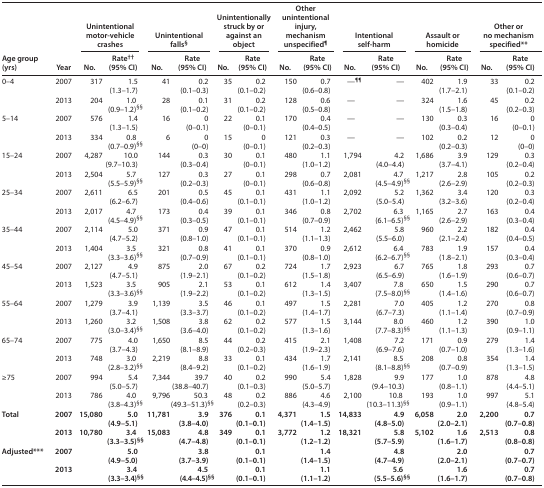
<table><thead><tr><td rowspan="2"><b>Age group (yrs)</b></td><td rowspan="2"><b>Year</b></td><td colspan="2"><b>Unintentional motor-vehicle crashes</b></td><td colspan="2"><b>Unintentional falls<sup>§</sup></b></td><td colspan="2"><b>Unintentionally struck by or against an object</b></td><td colspan="2"><b>Other unintentional injury, mechanism unspecified<sup>¶</sup></b></td><td colspan="2"><b>Intentional self-harm</b></td><td colspan="2"><b>Assault or homicide</b></td><td colspan="2"><b>Other or no mechanism specified**</b></td></tr><tr><td><b>No.</b></td><td><b>Rate<sup>††</sup> (95% CI)</b></td><td><b>No.</b></td><td><b>Rate (95% CI)</b></td><td><b>No.</b></td><td><b>Rate (95% CI)</b></td><td><b>No.</b></td><td><b>Rate (95% CI)</b></td><td><b>No.</b></td><td><b>Rate (95% CI)</b></td><td><b>No.</b></td><td><b>Rate (95% CI)</b></td><td><b>No.</b></td><td><b>Rate (95% CI)</b></td></tr></thead><tbody><tr><td rowspan="2">0–4</td><td>2007</td><td>317</td><td>1.5 (1.3–1.7)</td><td>41</td><td>0.2 (0.1–0.3)</td><td>35</td><td>0.2 (0.1–0.2)</td><td>150</td><td>0.7 (0.6–0.8)</td><td>—<sup>¶¶</sup></td><td>—</td><td>402</td><td>1.9 (1.7–2.1)</td><td>33</td><td>0.2 (0.1–0.2)</td></tr><tr><td>2013</td><td>204</td><td>1.0 (0.9–1.2)<sup>§§</sup></td><td>28</td><td>0.1 (0.1–0.2)</td><td>31</td><td>0.2 (0.1–0.2)</td><td>128</td><td>0.6 (0.5–0.8)</td><td>—</td><td>—</td><td>324</td><td>1.6 (1.5–1.8)</td><td>45</td><td>0.2 (0.2–0.3)</td></tr><tr><td rowspan="2">5–14</td><td>2007</td><td>576</td><td>1.4 (1.3–1.5)</td><td>16</td><td>0 (0–0.1)</td><td>22</td><td>0.1 (0–0.1)</td><td>170</td><td>0.4 (0.4–0.5)</td><td>—</td><td>—</td><td>130</td><td>0.3 (0.3–0.4)</td><td>16</td><td>0 (0–0.1)</td></tr><tr><td>2013</td><td>334</td><td>0.8 (0.7–0.9)<sup>§§</sup></td><td>6</td><td>0 (0–0)</td><td>15</td><td>0 (0–0.1)</td><td>121</td><td>0.3 (0.2–0.3)</td><td>—</td><td>—</td><td>102</td><td>0.2 (0.2–0.3)</td><td>12</td><td>0 (0–0)</td></tr><tr><td rowspan="2">15–24</td><td>2007</td><td>4,287</td><td>10.0 (9.7–10.3)</td><td>144</td><td>0.3 (0.3–0.4)</td><td>30</td><td>0.1 (0–0.1)</td><td>480</td><td>1.1 (1.0–1.2)</td><td>1,794</td><td>4.2 (4.0–4.4)</td><td>1,686</td><td>3.9 (3.7–4.1)</td><td>129</td><td>0.3 (0.2–0.4)</td></tr><tr><td>2013</td><td>2,504</td><td>5.7 (5.5–5.9)<sup>§§</sup></td><td>127</td><td>0.3 (0.2–0.3)</td><td>27</td><td>0.1 (0–0.1)</td><td>298</td><td>0.7 (0.6–0.8)</td><td>2,081</td><td>4.7 (4.5–4.9)<sup>§§</sup></td><td>1,217</td><td>2.8 (2.6–2.9)</td><td>105</td><td>0.2 (0.2–0.3)</td></tr><tr><td rowspan="2">25–34</td><td>2007</td><td>2,611</td><td>6.5 (6.2–6.7)</td><td>201</td><td>0.5 (0.4–0.6)</td><td>45</td><td>0.1 (0.1–0.1)</td><td>431</td><td>1.1 (1.0–1.2)</td><td>2,092</td><td>5.2 (5.0–5.4)</td><td>1,362</td><td>3.4 (3.2–3.6)</td><td>120</td><td>0.3 (0.2–0.4)</td></tr><tr><td>2013</td><td>2,017</td><td>4.7 (4.5–4.9)<sup>§§</sup></td><td>173</td><td>0.4 (0.3–0.5)</td><td>39</td><td>0.1 (0.1–0.1)</td><td>346</td><td>0.8 (0.7–0.9)</td><td>2,702</td><td>6.3 (6.1–6.5)<sup>§§</sup></td><td>1,165</td><td>2.7 (2.6–2.9)</td><td>163</td><td>0.4 (0.3–0.4)</td></tr><tr><td rowspan="2">35–44</td><td>2007</td><td>2,114</td><td>5.0 (4.7–5.2)</td><td>371</td><td>0.9 (0.8–1.0)</td><td>47</td><td>0.1 (0.1–0.1)</td><td>514</td><td>1.2 (1.1–1.3)</td><td>2,462</td><td>5.8 (5.5–6.0)</td><td>960</td><td>2.2 (2.1–2.4)</td><td>182</td><td>0.4 (0.4–0.5)</td></tr><tr><td>2013</td><td>1,404</td><td>3.5 (3.3–3.6)<sup>§§</sup></td><td>321</td><td>0.8 (0.7–0.9)</td><td>41</td><td>0.1 (0.1–0.1)</td><td>370</td><td>0.9 (0.8–1.0)</td><td>2,612</td><td>6.4 (6.2–6.7)<sup>§§</sup></td><td>783</td><td>1.9 (1.8–2.1)</td><td>157</td><td>0.4 (0.3–0.4)</td></tr><tr><td rowspan="2">45–54</td><td>2007</td><td>2,127</td><td>4.9 (4.7–5.1)</td><td>875</td><td>2.0 (1.9–2.1)</td><td>67</td><td>0.2 (0.1–0.2)</td><td>724</td><td>1.7 (1.5–1.8)</td><td>2,923</td><td>6.7 (6.5–6.9)</td><td>765</td><td>1.8 (1.6–1.9)</td><td>293</td><td>0.7 (0.6–0.7)</td></tr><tr><td>2013</td><td>1,523</td><td>3.5 (3.3–3.6)<sup>§§</sup></td><td>905</td><td>2.1 (1.9–2.2)</td><td>53</td><td>0.1 (0.1–0.2)</td><td>612</td><td>1.4 (1.3–1.5)</td><td>3,407</td><td>7.8 (7.5–8.0)<sup>§§</sup></td><td>650</td><td>1.5 (1.4–1.6)</td><td>290</td><td>0.7 (0.6–0.7)</td></tr><tr><td rowspan="2">55–64</td><td>2007</td><td>1,279</td><td>3.9 (3.7–4.1)</td><td>1,139</td><td>3.5 (3.3–3.7)</td><td>46</td><td>0.1 (0.1–0.2)</td><td>497</td><td>1.5 (1.4–1.7)</td><td>2,281</td><td>7.0 (6.7–7.3)</td><td>405</td><td>1.2 (1.1–1.4)</td><td>270</td><td>0.8 (0.7–0.9)</td></tr><tr><td>2013</td><td>1,260</td><td>3.2 (3.0–3.4)<sup>§§</sup></td><td>1,508</td><td>3.8 (3.6–4.0)</td><td>62</td><td>0.2 (0.1–0.2)</td><td>577</td><td>1.5 (1.3–1.6)</td><td>3,144</td><td>8.0 (7.7–8.3)<sup>§§</sup></td><td>460</td><td>1.2 (1.1–1.3)</td><td>390</td><td>1.0 (0.9–1.1)</td></tr><tr><td rowspan="2">65–74</td><td>2007</td><td>775</td><td>4.0 (3.7–4.3)</td><td>1,650</td><td>8.5 (8.1–8.9)</td><td>44</td><td>0.2 (0.2–0.3)</td><td>415</td><td>2.1 (1.9–2.3)</td><td>1,408</td><td>7.2 (6.9–7.6)</td><td>171</td><td>0.9 (0.7–1.0)</td><td>279</td><td>1.4 (1.3–1.6)</td></tr><tr><td>2013</td><td>748</td><td>3.0 (2.8–3.2)<sup>§§</sup></td><td>2,219</td><td>8.8 (8.4–9.2)</td><td>33</td><td>0.1 (0.1–0.2)</td><td>434</td><td>1.7 (1.6–1.9)</td><td>2,141</td><td>8.5 (8.1–8.8)<sup>§§</sup></td><td>208</td><td>0.8 (0.7–0.9)</td><td>354</td><td>1.4 (1.3–1.5)</td></tr><tr><td rowspan="2">≥75</td><td>2007</td><td>994</td><td>5.4 (5.0–5.7)</td><td>7,344</td><td>39.7 (38.8–40.7)</td><td>40</td><td>0.2 (0.1–0.3)</td><td>990</td><td>5.4 (5.0–5.7)</td><td>1,828</td><td>9.9 (9.4–10.3)</td><td>177</td><td>1.0 (0.8–1.1)</td><td>878</td><td>4.8 (4.4–5.1)</td></tr><tr><td>2013</td><td>786</td><td>4.0 (3.8–4.3)<sup>§§</sup></td><td>9,796</td><td>50.3 (49.3–51.3)<sup>§§</sup></td><td>48</td><td>0.2 (0.2–0.3)</td><td>886</td><td>4.6 (4.3–4.9)</td><td>2,100</td><td>10.8 (10.3–11.3)<sup>§§</sup></td><td>193</td><td>1.0 (0.9–1.1)</td><td>997</td><td>5.1 (4.8–5.4)</td></tr><tr><td rowspan="2"><b>Total</b></td><td><b>2007</b></td><td><b>15,080</b></td><td><b>5.0 (4.9–5.1)</b></td><td><b>11,781</b></td><td><b>3.9 (3.8–4.0)</b></td><td><b>376</b></td><td><b>0.1 (0.1–0.1)</b></td><td><b>4,371</b></td><td><b>1.5 (1.4–1.5)</b></td><td><b>14,833</b></td><td><b>4.9 (4.8–5.0)</b></td><td><b>6,058</b></td><td><b>2.0 (2.0–2.1)</b></td><td><b>2,200</b></td><td><b>0.7 (0.7–0.8)</b></td></tr><tr><td><b>2013</b></td><td><b>10,780</b></td><td><b>3.4 (3.3–3.5)</b><sup>§§</sup></td><td><b>15,083</b></td><td><b>4.8 (4.7–4.8)</b></td><td><b>349</b></td><td><b>0.1 (0.1–0.1)</b></td><td><b>3,772</b></td><td><b>1.2 (1.2–1.2)</b></td><td><b>18,321</b></td><td><b>5.8 (5.7–5.9)</b></td><td><b>5,102</b></td><td><b>1.6 (1.6–1.7)</b></td><td><b>2,513</b></td><td><b>0.8 (0.8–0.8)</b></td></tr><tr><td rowspan="2"><b>Adjusted***</b></td><td><b>2007</b></td><td colspan="2"><b>5.0 (4.9–5.0)</b></td><td colspan="2"><b>3.8 (3.7–3.9)</b></td><td colspan="2"><b>0.1 (0.1–0.1)</b></td><td colspan="2"><b>1.4 (1.4–1.5)</b></td><td colspan="2"><b>4.8 (4.7–4.9)</b></td><td colspan="2"><b>2.0 (2.0–2.1)</b></td><td colspan="2"><b>0.7 (0.7–0.7)</b></td></tr><tr><td><b>2013</b></td><td colspan="2"><b>3.4 (3.3–3.4)<sup>§§</sup></b></td><td colspan="2"><b>4.5 (4.4–4.5)<sup>§§</sup></b></td><td colspan="2"><b>0.1 (0.1–0.1)</b></td><td colspan="2"><b>1.1 (1.1–1.2)</b></td><td colspan="2"><b>5.6 (5.5–5.6)<sup>§§</sup></b></td><td colspan="2"><b>1.6 (1.6–1.7)</b></td><td colspan="2"><b>0.7 (0.7–0.8)</b></td></tr></tbody></table>